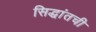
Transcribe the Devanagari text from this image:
सिद्धांतची